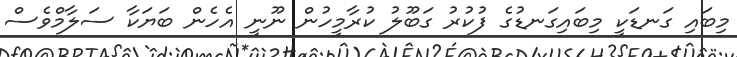
މިބައިި ގަނޑަކީ މިބައިގަނޑުގެ ފުކުރު ގަބޫލު ކުރާމީހުން ނޫނީ އެހެން ބަޔަކާ ސަލާމްވެސް